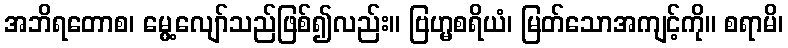
အဘိရတောစ၊ မွေ့လျော်သည်ဖြစ်၍လည်း။ ဗြဟ္မစရိယံ၊ မြတ်သောအကျင့်ကို။ စရာမိ၊